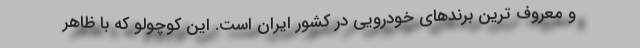
و معروف ترین برندهای خودرویی در کشور ایران است. این کوچولو که با ظاهر